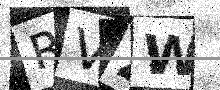
Text: RVZW